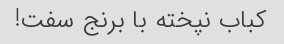
کباب نپخته با برنج سفت!